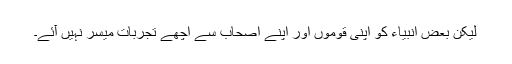
لیکن بعض انبیاء کو اپنی قوموں اور اپنے اصحاب سے اچھے تجربات میسر نہیں آئے۔